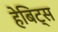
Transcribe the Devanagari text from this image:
हेबिट्स